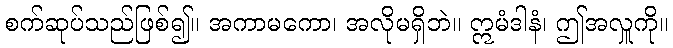
စက်ဆုပ်သည်ဖြစ်၍။ အကာမကော၊ အလိုမရှိဘဲ။ ဣမံဒါနံ၊ ဤအလှူကို။